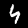
Label: 4